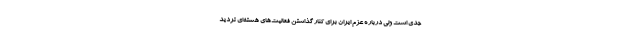
جدی است ولی درباره عزم ایران برای کنار گذاشتن فعالیت‌های هسته‌ای تردید